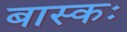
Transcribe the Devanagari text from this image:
बास्कः